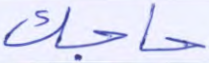
حاجك